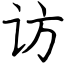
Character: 访